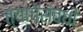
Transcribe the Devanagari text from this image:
त्याचेसंबंधी